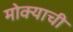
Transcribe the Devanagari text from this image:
मोक्याची